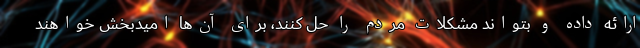
ارائه داده و بتواند مشکلات مردم را حل کنند، برای آن‌ها امیدبخش خواهند